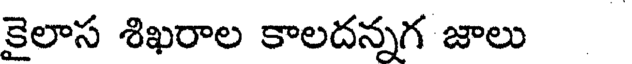
కైలాస శిఖరాల కాలదన్నగ జాలు